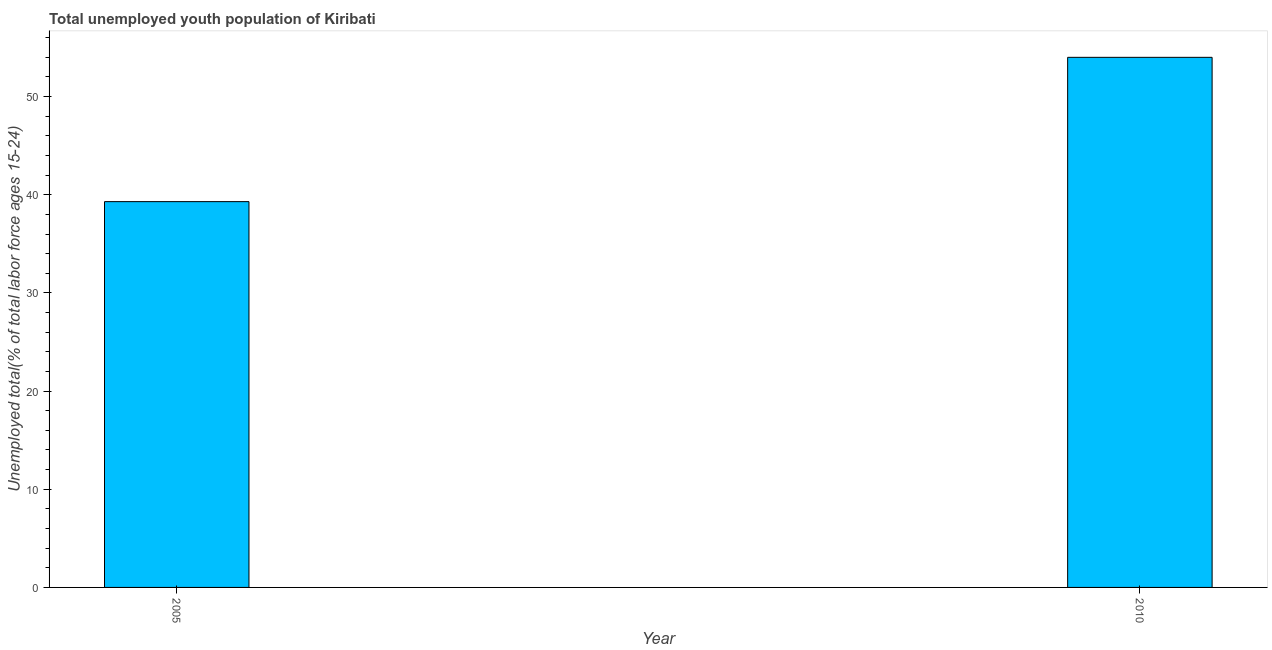
| Year | Unemployment youth total |
 | --- | --- |
 | 2005 | 39.3 |
 | 2010 | 54 |